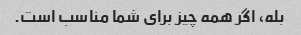
بله، اگر همه چیز برای شما مناسب است.